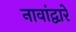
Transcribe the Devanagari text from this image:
नावांद्वारे